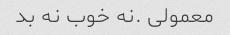
معمولی .نه خوب نه بد